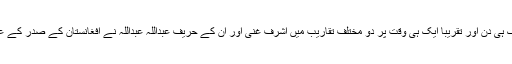
پیر نو مارچ کو ایک ہی دن اور تقریباً ایک ہی وقت پر دو مختلف تقاریب میں اشرف غنی اور ان کے حریف عبداللہ عبداللہ نے افغانستان کے صدر کے عہدے کا حلف اٹھایا۔